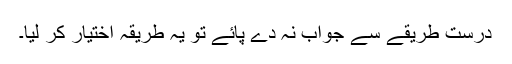
درست طریقے سے جواب نہ دے پائے تو یہ طریقہ اختیار کر لیا۔